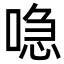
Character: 喼